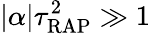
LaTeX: |\alpha|\tau_{\mathrm{RAP}}^{2}\gg 1